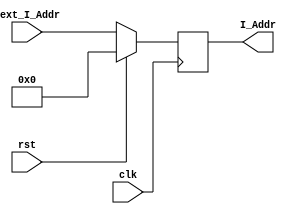
module PC206(input clk,
             input rst,
             input[31:2] Next_I_Addr,
             output reg[31:2] I_Addr);

    parameter Init_Addr =32'h0000_0000;
    always @(posedge clk) begin
        if (rst == 1) begin
            I_Addr <= Init_Addr[31:2];
        end
        else begin
            I_Addr <= Next_I_Addr;
        end
    end
endmodule